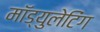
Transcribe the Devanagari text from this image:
मॉड्युलेटिंग